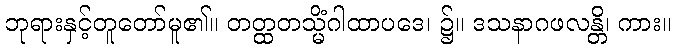
ဘုရားနှင့်တူတော်မူ၏။ တတ္ထတသ္မိံဂါထာပဒေ၊ ၌။ ဒသနာဂဖလန္တိ၊ ကား။